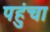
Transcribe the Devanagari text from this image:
पहुुंचा